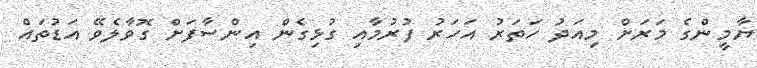
ޔާމީންގެ މަރަށް މިއަދު ހަތަރު އަހަރު ފުރުމާއި ގުޅިގެން އިންސާފަށް ގޮވާލެވޭ އަޑުތައް